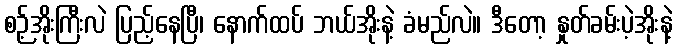
စဉ့်အိုးကြီးလဲ ပြည့်နေပြီ၊ နောက်ထပ် ဘယ်အိုးနဲ့ ခံမည်လဲ။ ဒီတော့ နှုတ်ခမ်းပဲ့အိုးနဲ့